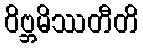
ဝိဗ္ဘမိဿတီတိ